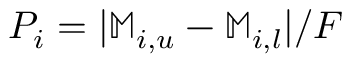
P _ { i } = | \mathbb { M } _ { i , u } - \mathbb { M } _ { i , l } | / F